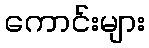
ကောင်းများ